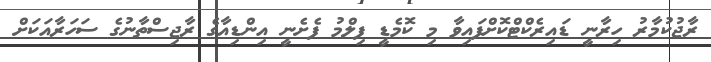
ރާޖުކުމާރު ހިރާނީ ޑައިރެކްޓްކޮށްފައިވާ މި ކޮމެޑީ ފިލްމު ފެށެނީ އިންޑިއާގެ ރާޖިސްތާނުގެ ސަހަރާއަކަށް